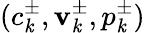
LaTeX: (c_{\mathit{k}}^{\pm},\mathbf{{v}}_{\mathit{k}}^{\pm},p_{\mathit{k}}^{\pm})